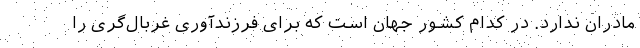
مادران ندارد. در کدام کشور جهان است که برای فرزندآوری غربال‌گری را